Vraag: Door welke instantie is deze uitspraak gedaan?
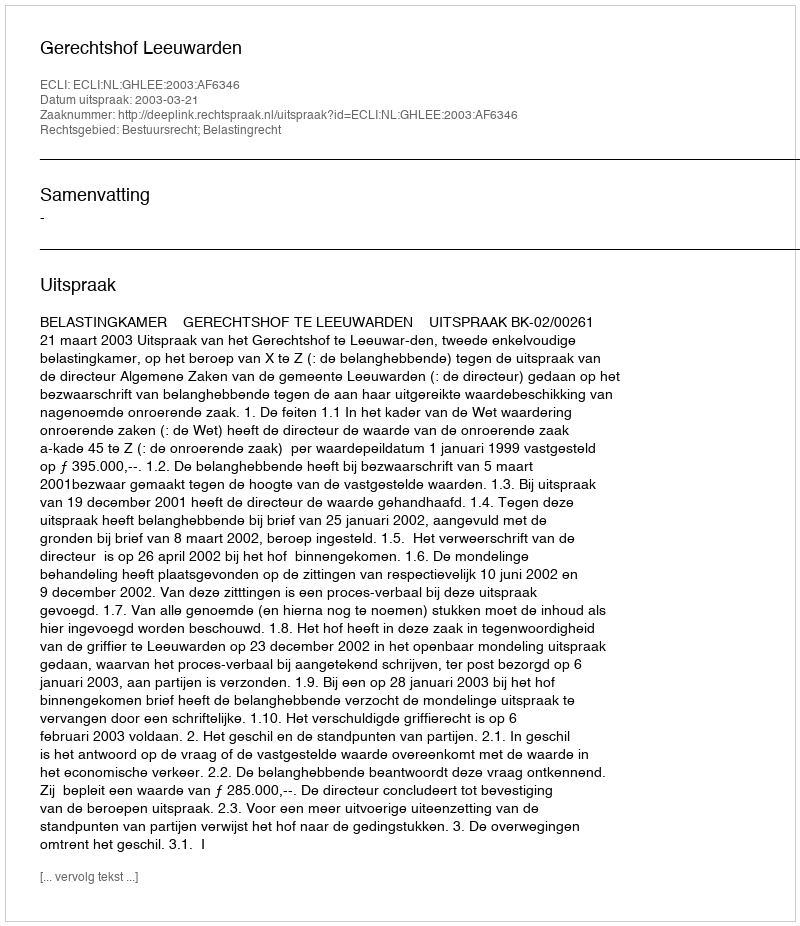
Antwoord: Gerechtshof Leeuwarden